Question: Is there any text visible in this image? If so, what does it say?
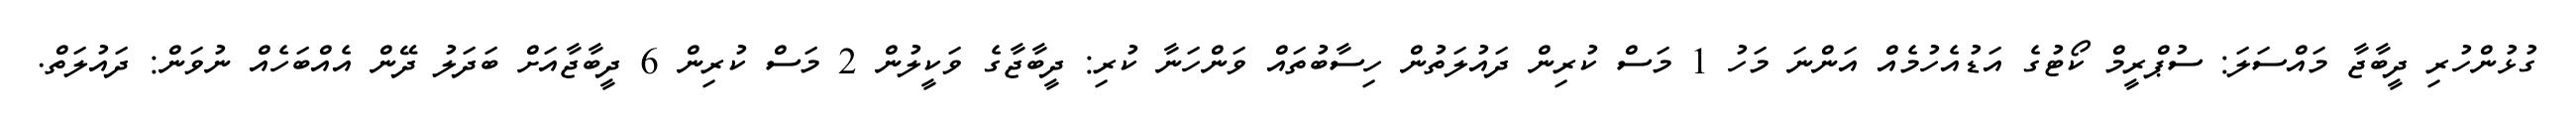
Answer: ގުޅުންހުރި ދީބާޖާ މައްސަލަ: ސުޕްރީމް ކޯޓުގެ އަޑުއެހުމެއް އަންނަ މަހު 1 މަސް ކުރިން ދައުލަތުން ހިސާބުތައް ވަންހަނާ ކުރި: ދީބާޖާގެ ވަކީލުން 2 މަސް ކުރިން 6 ދީބާޖާއަށް ބަދަލު ދޭން އެއްބަހެއް ނުވަން: ދައުލަތް.